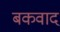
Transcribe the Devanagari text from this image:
बकवाद